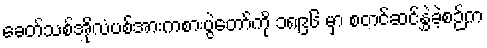
ခေတ်သစ်အိုလံပစ်အားကစားပွဲတော်ကို ၁၈၉၆ မှာ စတင်ဆင်နွှဲခဲ့စဉ်က